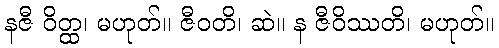
နဇီ ဝိတ္ထ၊ မဟုတ်။ ဇီဝတိ၊ ဆဲ။ န ဇီဝိဿတိ၊ မဟုတ်။